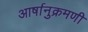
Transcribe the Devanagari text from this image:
आर्षानुक्रमणी